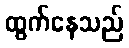
ထွက်နေသည်